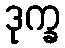
ဒုက္ခ